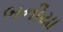
બનીયા